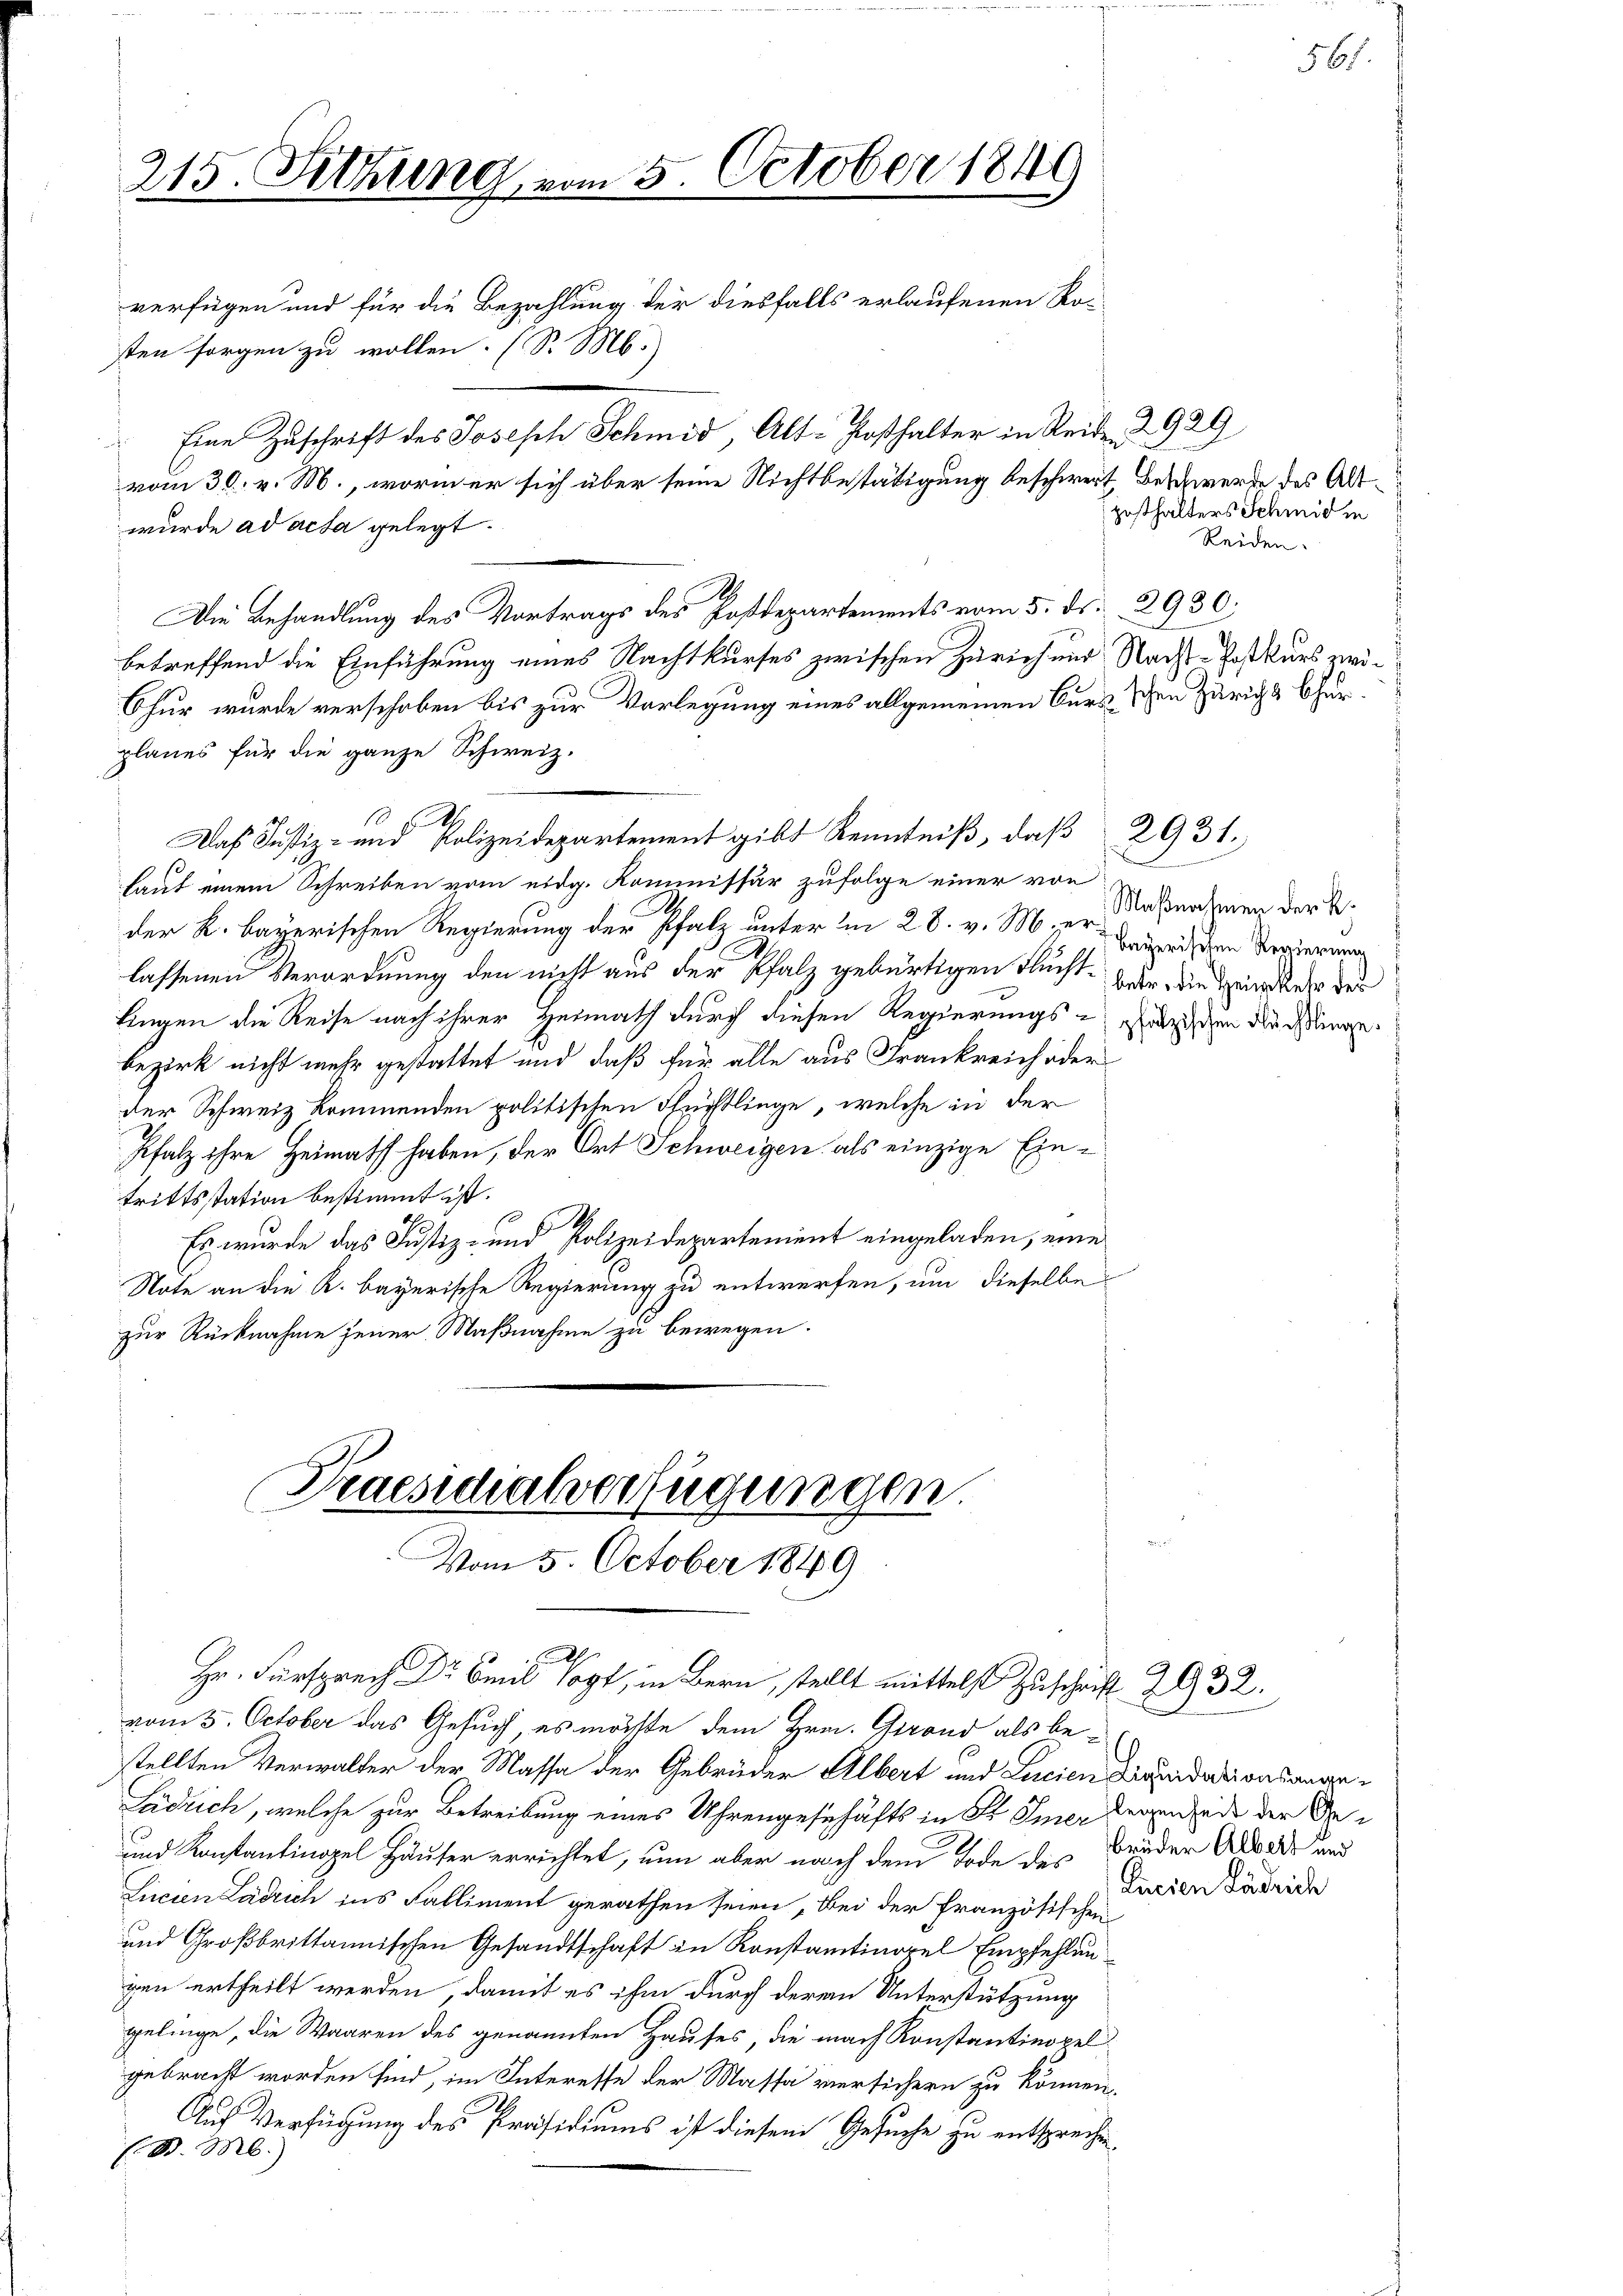
215. Fettung vom 5. October 1849

sten sorgen zu wollen. (S. M.
Eine Zuschrift des Joseph Schmid, Alt-Posthalter in Seite 2929
vom 30. v. M., worin er sich über seine Nichtbestätigung beschwert, Beschwerde des Alt
wurde ad acta gelegt.
Die Behandlung des Vortrags des Postdepartements vom 5. ds. 2930.
betreffend die Einführung eines Nachtkurses zwischen Zürich und Nacht-Postkurs zwi¬
Chur wurde verschoben bis zur Vorlegung eines allgemeinen Curs schen Zürich & Chur¬
Das Justiz- und Polizeidepartement gibt Kenntniß, daß 2931.
laut einem Schreiben vom eidg. Kommissär zufolge einer von
der K. Bayerischen Regierung der Pfalz unter in 28. v. M. er Maßnahmen der B.
Bayerischen Regierung
lassenen Verordnung den nicht aus der Pfalz gebürtigen Flucht, war die Heimkehr der
kingen die Reise nach ihrer Heimath durch diesen Regierungs-Präsiden Rechtlinge.
bezirk nicht mehr gestattet und daß für alle aus Frankreich oder
der Schweiz kommenden politischen Flüchtlinge, welche in der
Pfalz ihre Heimath haben, der Ort Schweigen als einzige Eintrittsstation bestimmt ist.
Es wurde das Justiz- und Polizeidepartement eingeladen, eine
Note an die K. bayerische Regierung zu entwerfen, um dieselbe
zur Rücknahme jener Maßnahme zu bewegen.

planes für die ganze Schweiz.
18

verfügen und für die Bezahlung der diesfalls erlaufenen Ro-

Praesidialverfügungen
Vom 5. October 1849

.

h
pie, stellt mittelst Zuschrift 2932.
vom 3. October das Gesuch, es möchte dem Hrn. Gerand als bestellten Verwalter der Massa der Gebrüder Albert und Lucien dortionsange¬
Läcrich, welche zur Betreibung eines Uhrengeschäfts in Sr. Hier deren Zeit der Ge¬
und Konstantinopel Häuser errichtet, nun aber nach dem Tode des Brüder Akords und
Linien Ladrich ins Falliment gerathen seien, bei der französischen
und Großbrittannischen Gesandtschaft in Konstantinorel Empfehlungen ertheilt werden, damit es ihm durch deren Unterstützung
gelinge, die Waaren des genannten Hauses, die nach Konstantinopel
gebracht worden sind, im Interesse der Massa versichern zu können,
Auf Verfügung des Präsidiums ist diesem Gesuche zu entsprechen
B. M.)

gesthalters Schmid in
Reiden.

Pucien Lädrich

561.